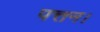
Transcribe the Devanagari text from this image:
पत्तन।